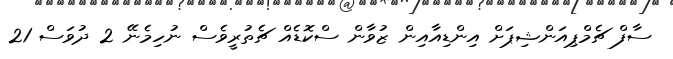
ސާފް ޗެމްޕިއަންޝިޕަށް އިންޑިއާއިން ޒުވާން ސްކޮޑެއް ޗެތުރީވެސް ނުހިމެނޭ 2 ދުވަސް 21